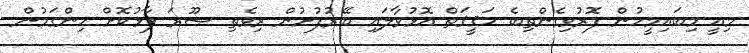
މިއީ މިބައިމީހުން ފޮރުވިގެންތިބެ ޙަޤީޤަތް އޮޅުވާލައި ބޭރުފުށުން ރިވެތި ޞޫރަ ފާޅުކޮށް ހިންގަމުން